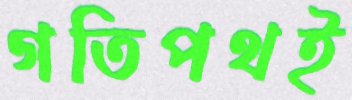
গতিপথই